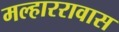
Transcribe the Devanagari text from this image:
मल्हाररावास